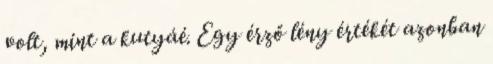
volt, mint a kutyáé. Egy érző lény értékét azonban